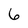
Character: 6